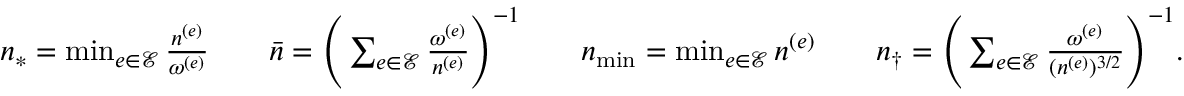
\begin{array} { r } { n _ { * } = \operatorname* { m i n } _ { e \in \mathcal { E } } \frac { n ^ { ( e ) } } { \omega ^ { ( e ) } } \qquad \bar { n } = \Bigg ( \sum _ { e \in \mathcal { E } } \frac { \omega ^ { ( e ) } } { n ^ { ( e ) } } \Bigg ) ^ { - 1 } \qquad n _ { \operatorname* { m i n } } = \operatorname* { m i n } _ { e \in \mathcal { E } } n ^ { ( e ) } \qquad n _ { \dagger } = \Bigg ( \sum _ { e \in \mathcal { E } } \frac { \omega ^ { ( e ) } } { ( n ^ { ( e ) } ) ^ { 3 / 2 } } \Bigg ) ^ { - 1 } . } \end{array}